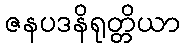
ဇနပဒနိရုတ္တိယာ